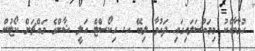
ހުމާމާއެކު މިމައްސަލައިގައި ދައުވާ ލިބޭ ހ. ހިކޯސްޓް އަލީ ޝާންގެ މައްޗަށް ކޯޓުން